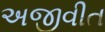
અજીવીત